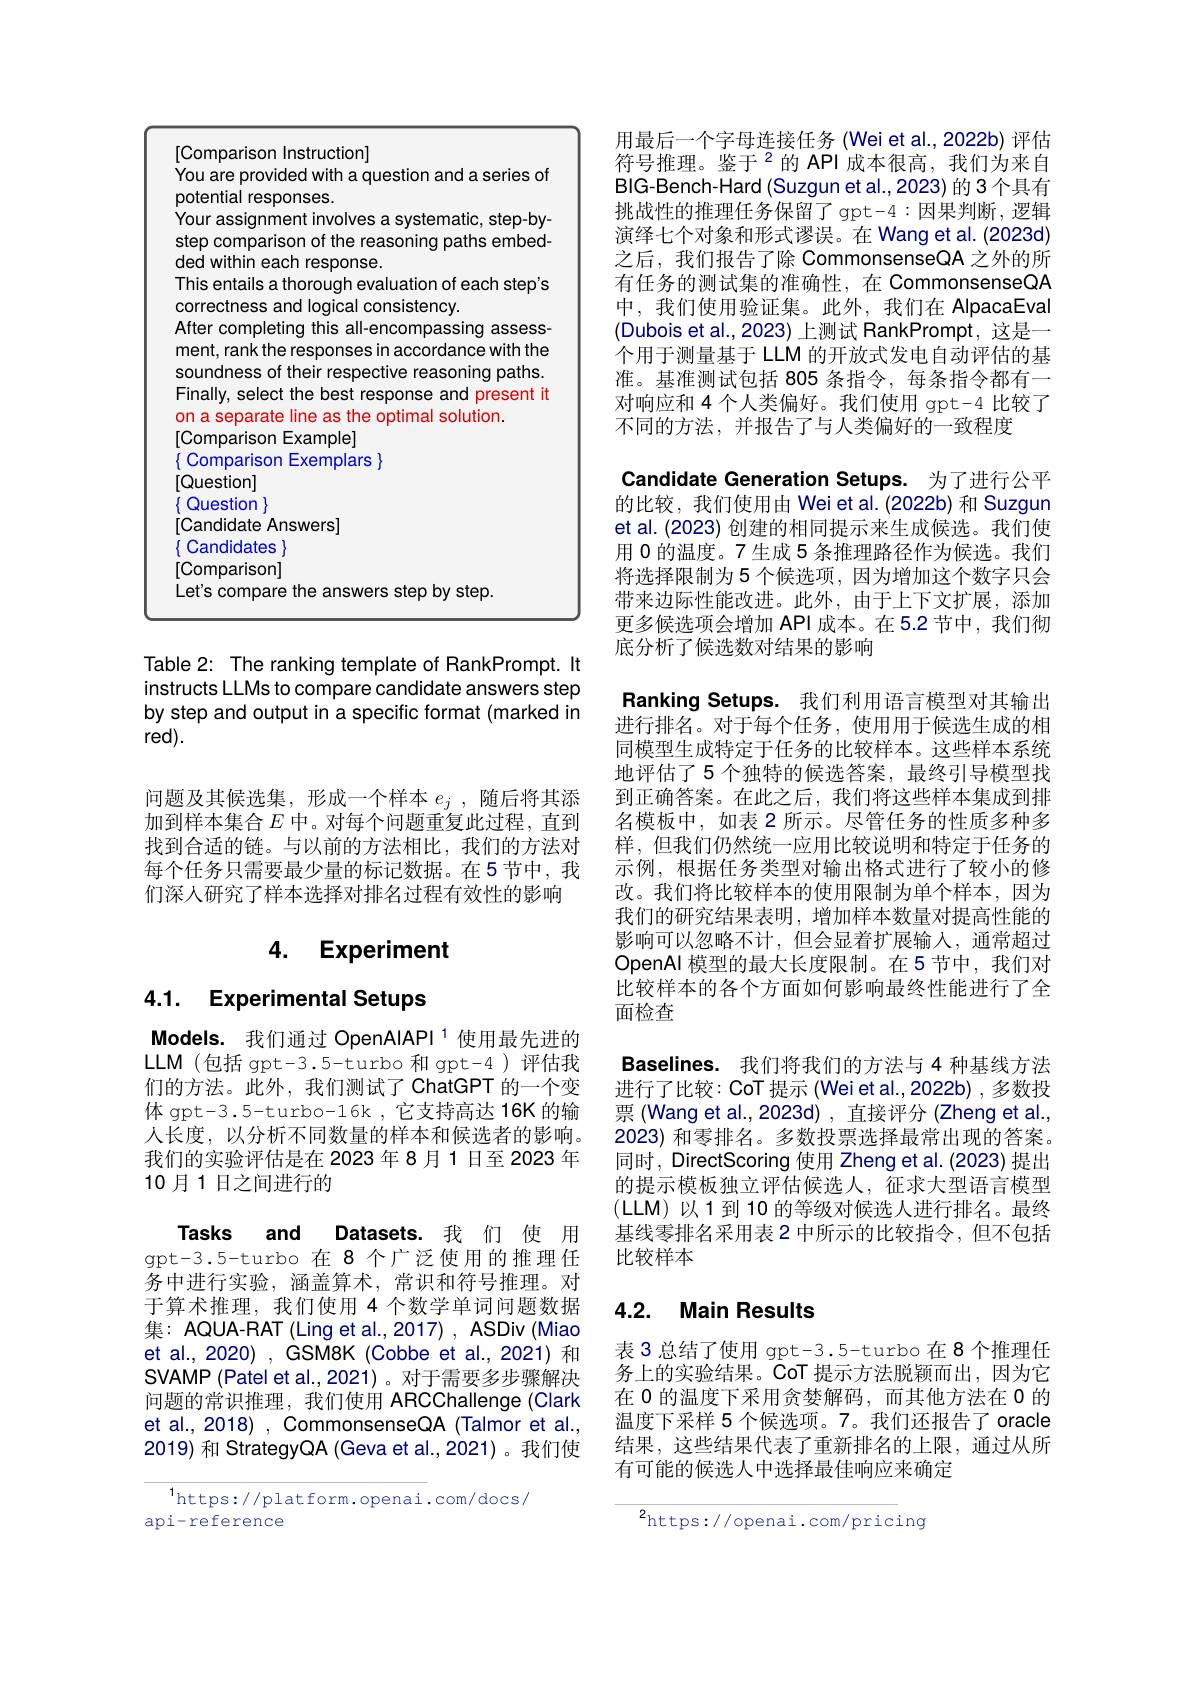
<table>
	<tbody>
		<tr>
			<td> </td>
			<td>Instructionl</td>
		</tr>
		<tr>
			<td> </td>
			<td>anti 2nses</td>
		</tr>
		<tr>
			<td> </td>
			<td>ur assignment involves a systematic, step-by</td>
		</tr>
		<tr>
			<td> </td>
			<td>$2n$</td>
		</tr>
		<tr>
			<td> </td>
			<td>withir par 20nse</td>
		</tr>
		<tr>
			<td> </td>
			<td> </td>
		</tr>
		<tr>
			<td> </td>
			<td> </td>
		</tr>
		<tr>
			<td> </td>
			<td> </td>
		</tr>
		<tr>
			<td> </td>
			<td>14</td>
		</tr>
		<tr>
			<td> </td>
			<td> </td>
		</tr>
		<tr>
			<td> </td>
			<td>ally, select the best response and $\frac{1}{2}=\frac{1}{2}$ present it</td>
		</tr>
		<tr>
			<td> </td>
			<td>endima Sollitinn</td>
		</tr>
		<tr>
			<td> </td>
			<td>camolel</td>
		</tr>
		<tr>
			<td> </td>
			<td>ars</td>
		</tr>
		<tr>
			<td> </td>
			<td>Jestionl</td>
		</tr>
		<tr>
			<td> </td>
			<td>lestion</td>
		</tr>
		<tr>
			<td> </td>
			<td>lidate Answersl</td>
		</tr>
		<tr>
			<td> </td>
			<td>mn Yatpc</td>
		</tr>
		<tr>
			<td> </td>
			<td>omparisonl</td>
		</tr>
		<tr>
			<td> </td>
			<td>ten TAT</td>
		</tr>
	</tbody>
</table>

Table 2: The ranking template of RankPrompt. It instructs LLMs to compare candidate answers step by step and output in a specific format (marked in red).

问题及其候选集，形成一个样本$e_j$ ,随后将其添加到样本集合$E$中。对每个问题重复此过程，直到找到合适的链。与以前的方法相比，我们的方法对每个任务只需要最少量的标记数据。在5节中，我们深人研究了样本选择对排名过程有效性的影响

## 4. Experiment

## 4.1. Experimental Setups

Models. 我们通过 OpenAIAPI 1 使用最先进的LLM (包括 gpt-3.5-turbo 和 gpt-4)评估我们的方法。此外，我们测试了 ChatGPT 的一个变体 gpt-3.5-turbo-16k ,它支持高达 16K 的输人长度，以分析不同数量的样本和候选者的影响。我们的实验评估是在 2023年8月1日至 2023 年10月1日之间进行的

Tasks and Datasets.我们使用gpt-3.5-turbo 在8个广泛使用的推理任务中进行实验，涵盖算术，常识和符号推理。对于算术推理，我们使用 4 个数学单词问题数据集：AQUA-RAT (Ling et al., 2017) , ASDiv (Miao et al., 2020) , GSM8K (Cobbe et al.,2021) 和SVAMP (Patel et al., 2021) 。对于需要多步骤解决问题的常识推理，我们使用 ARCChallenge (Clark et al., 2018) , CommonsenseQA (Talmor et al., 2019) 和 StrategyQA (Geva et al.,2021)。我们使

$^{1}$https://platform.openai.com/docs/
api-reference

用最后一个字母连接任务(Wei et al.,2022b)评估符号推理。鉴于$^{2}$的 API 成本很高，我们为来自BIG-Bench-Hard(Suzgun et al.,2023) 的 3 个具有挑战性的推理任务保留了 gpt-4 :因果判断，逻辑演绎七个对象和形式谬误。在 Wang et al. (2023d) 之后，我们报告了除 CommonsenseQA 之外的所有任务的测试集的准确性，在 CommonsenseQA 中，我们使用验证集。此外，我们在 AlpacaEval (Dubois et al., 2023) 上测试 RankPrompt, 这是一个用于测量基于 LLM 的开放式发电自动评估的基准。基准测试包括 805 条指令，每条指令都有一对响应和 4 个人类偏好。我们使用 gpt-4 比较了不同的方法，并报告了与人类偏好的一致程度
Candidate Generation Setups. 为了进行公平的比较，我们使用由 Wei et al.(2022b) 和 Suzgun et al. (2023) 创建的相同提示来生成候选。我们使用 0 的温度。7 生成 5 条推理路径作为候选。我们将选择限制为 5 个候选项，因为增加这个数字只会带来边际性能改进。此外，由于上下文扩展，添加更多候选项会增加 API 成本。在5.2 节中，我们彻底分析了候选数对结果的影响
Ranking Setups. 我们利用语言模型对其输出进行排名。对于每个任务，使用用于候选生成的相同模型生成特定于任务的比较样本。这些样本系统地评估了 5 个独特的候选答案，最终引导模型找到正确答案。在此之后，我们将这些样本集成到排名模板中，如表 2 所示。尽管任务的性质多种多样，但我们仍然统一应用比较说明和特定于任务的示例，根据任务类型对输出格式进行了较小的修改。我们将比较样本的使用限制为单个样本，因为我们的研究结果表明，增加样本数量对提高性能的影响可以忽略不计，但会显着扩展输入，通常超过OpenAl 模型的最大长度限制。在5节中，我们对比较样本的各个方面如何影响最终性能进行了全面检查
Baselines. 我们将我们的方法与 4 种基线方法进行了比较：CoT 提示 (Wei et al.,2022b) ,多数投票 (Wang et al.,2023d) , 直接评分 (Zheng et al., 2023)和零排名。多数投票选择最常出现的答案。同时，DirectScoring 使用 Zheng et al.(2023) 提出的提示模板独立评估候选人，征求大型语言模型(LLM)以1到10的等级对候选人进行排名。最终基线零排名采用表 2 中所示的比较指令，但不包括比较样本

## 4.2. Main Results

表 3 总结了使用 gpt-3.5-turbo 在 8 个推理任务上的实验结果。CoT 提示方法脱颖而出，因为它在 0 的温度下采用贪婪解码，而其他方法在 0 的温度下采样 5 个候选项。7。我们还报告了 oracle 结果，这些结果代表了重新排名的上限，通过从所有可能的候选人中选择最佳响应来确定

$^{2}$https://openai.com/pricing